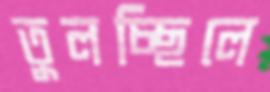
তুলচ্ছিলে